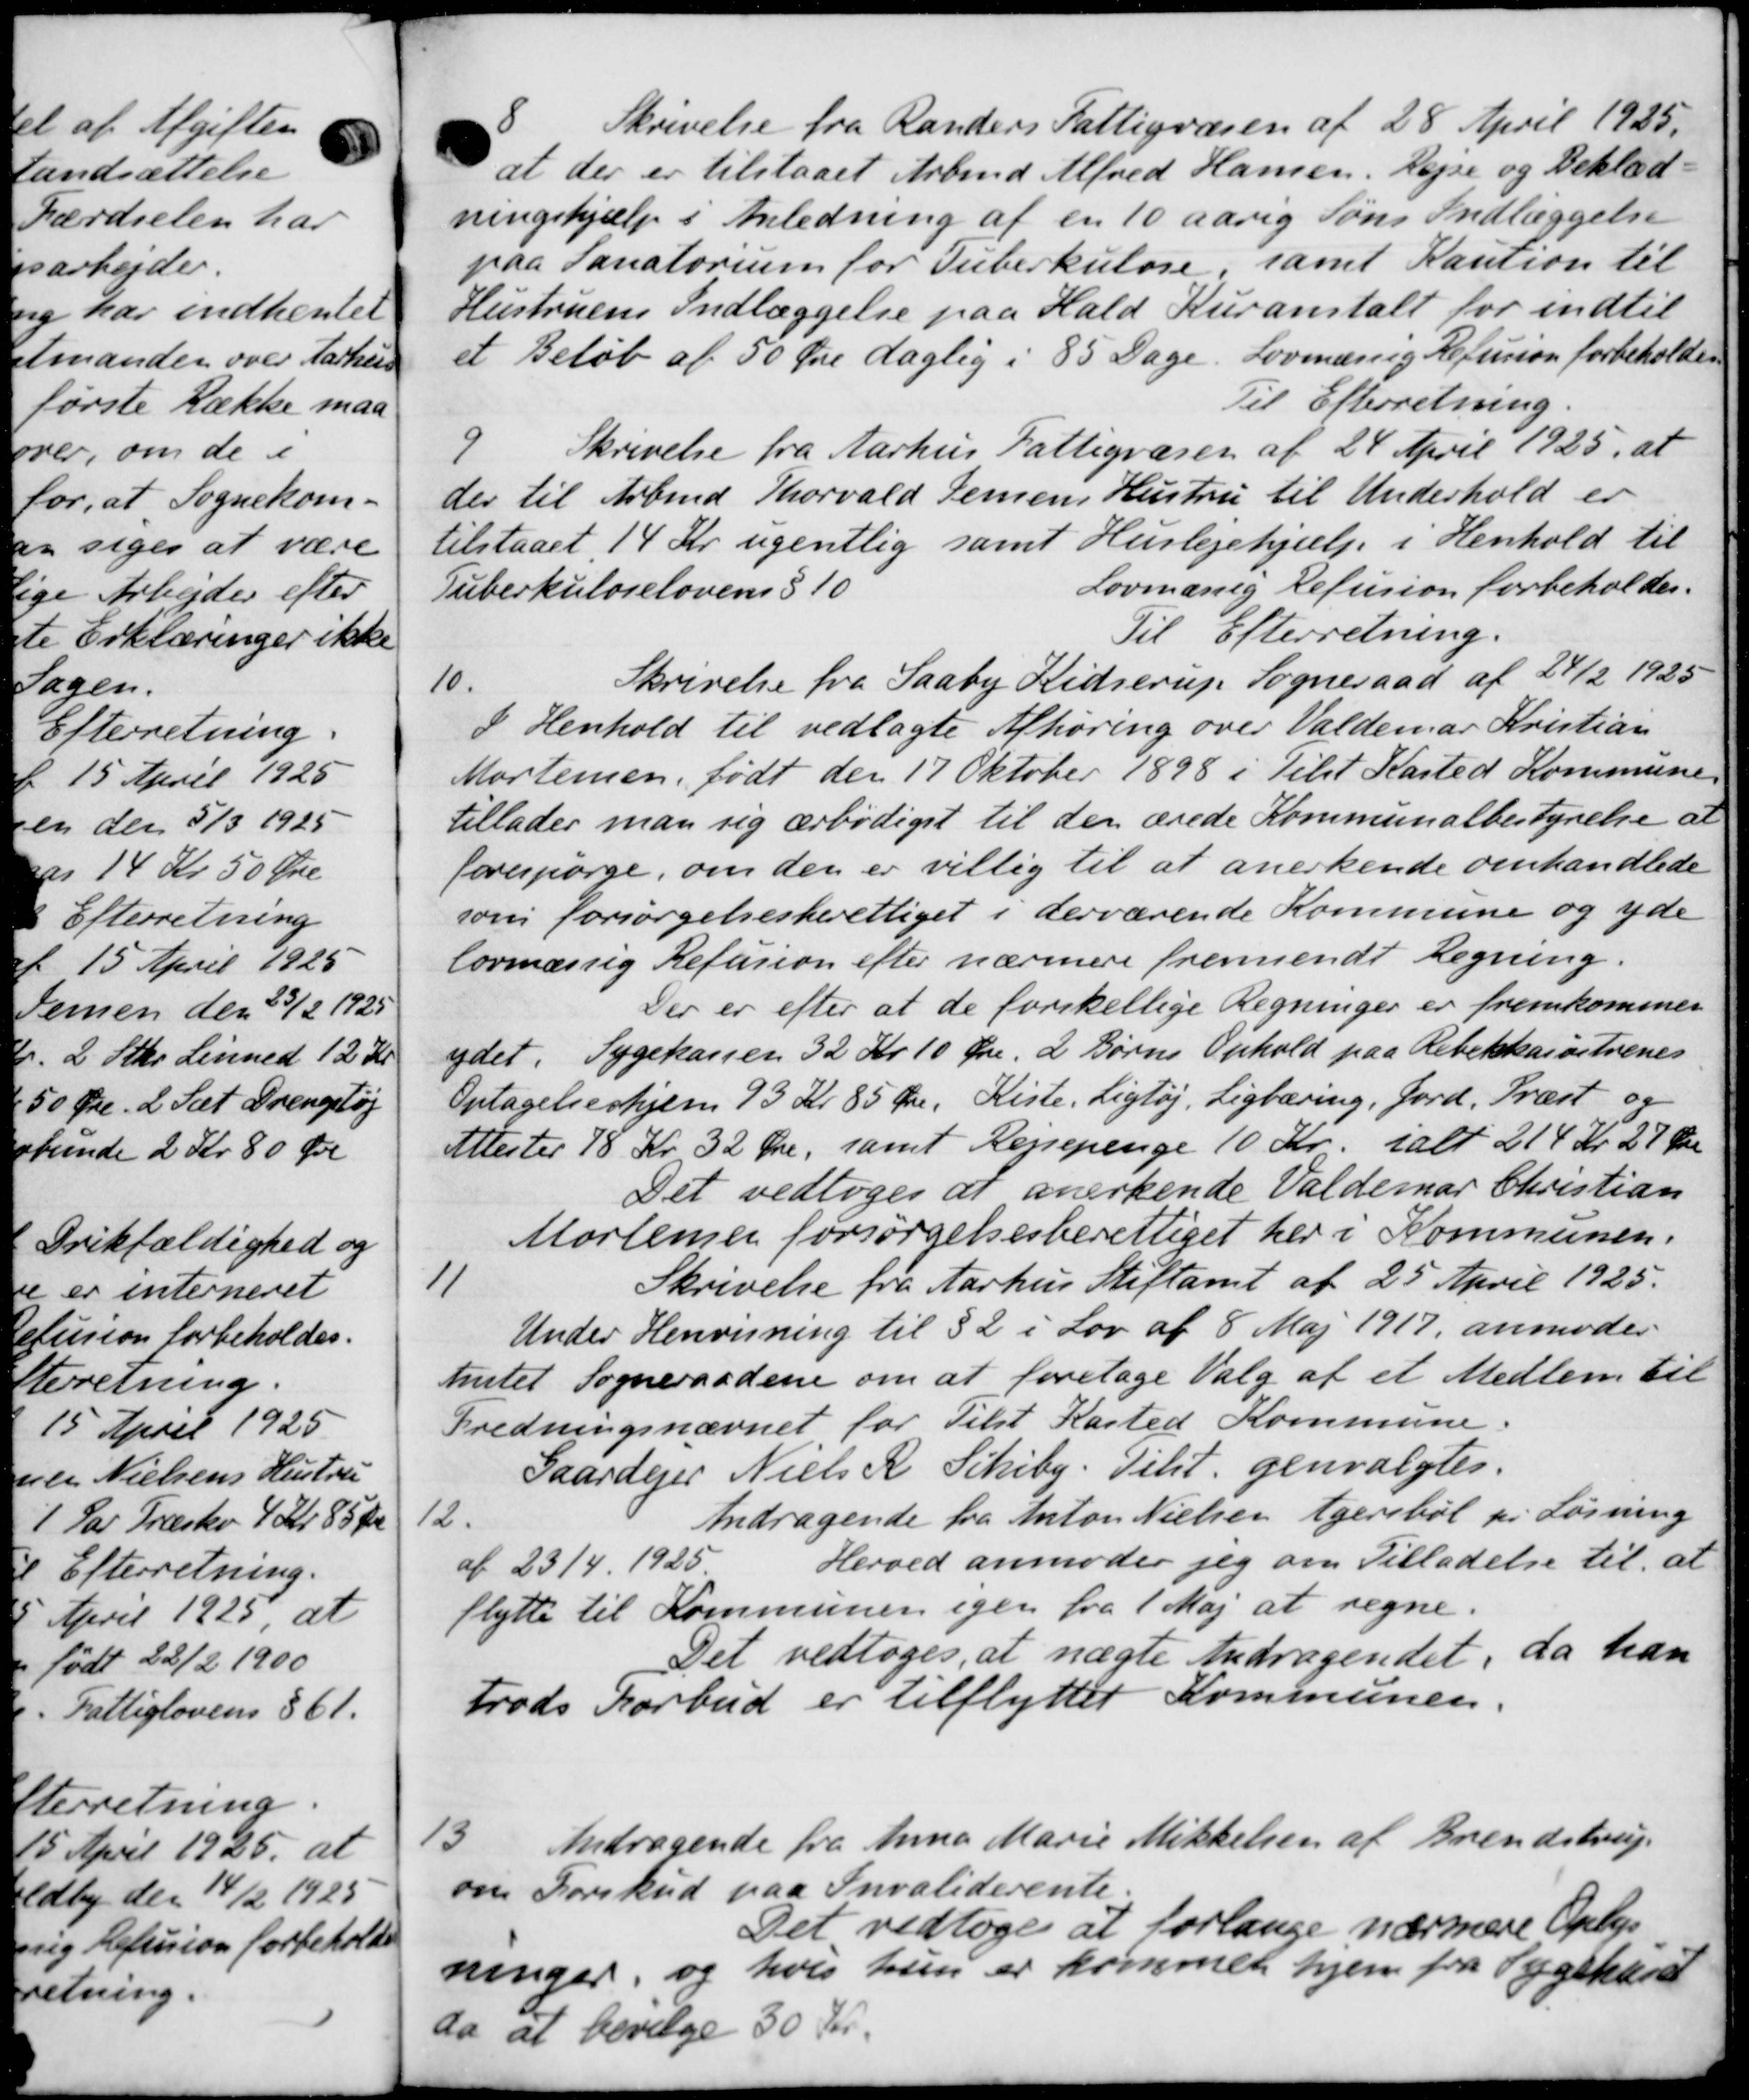
Transskription:
8
Skrivelse fra Randers Fattigvæsen af 28 April 1925.
at der er tilstaaet Arbmd Alfred Hansen. Rejse og Beklæd-
ningshjælp i Anledning af en 10 aarig Søns Indlæggelse
paa Sanatorium for Tuberkulose, samt Kaution til
Hustruens Indlæggelse paa Hald Kuranstalt for indtil
et Beløb af 50 Øre daglig i 85 Dage. Lovmæssig Refusion forbeholder
Til Efterretning.
2
Skrivelse fra Aarhus Fattigvæsen af 24 April 1925, at
der til Arbmd. Thorvald Jensens Hustru til Underhold er
tilstaaet 14 Kr. ugentlig samt Huslejehjælp i Henhold til
Tuberkuloselovens § 10
Lovmænig Refusion forbeholdes.
Til Efterretning.
10.
Skrivelse fra Saaby Ridserup Sogneraad af 24/2 1925
I Henhold til vedlagte Afhøring over Valdemar Kristian
Mortensen, født den 17 Oktober 1898 i Tilst Kasted Kommune
tillader man sig ærbødigst til den ærede Kommunalbestyrelse af
forespørge, om den er villig til at anerkende omhandlede
som forsørgelsesberettiget i derværende Kommune og yde
lovmæssig Refusion efter nærmere fremsendt Regning.
Der er efter at de forskellige Regninger er fremkommen
ydet. Sygekassen 32 Kr 10 Øre. 2 Børns Ophold paa Rebekkassitrenes
Optagelseshjem 93 Kr. 85 Øre. Kiste. Ligtøj, Ligbæring, Jord, Præst og
Attester 18 Kr 32 Øre, samt Rejsepenge 10 Kr. ialt 214 Kr 27 Øre
Det vedtoges at anerkende Valdemar Christian
Mortenen forsørgelsesberettiget her i Kommunen.
11
Skrivelse fra Aarhus Stiftamt af 25 April 1925.
Under Henvisning til § 2 i Lov af 8 Maj 1917, anmoder
Amtet Sogneraadene om at foretage Valg af et Medlem til
Fredningsnævnet for Tilst Kasted Kommune.
Gaardejer Niels K. Schiby. Tilst. genvalgtes.
12.
Andragende fra Anton Nielsen Agersbøl pr Løsning
af 23/4 1925
Herved anmoder jeg om Tilladelse til, at
flytte til Kommunen igen fra 1 Maj at regne.
da han
Det vedtoges, at nægte Andragendet.
trods Forbud er tilflyttet Kommunen.
13.
Andragende fra Anna Marie Mikkelsen af Brendstrup.
om Forskud paa Invaliderente.
Det vedtoges at forlange nærmere Oplys
ninger, og hvis hun er kommet hjem fra Sygekasse
da at bevilge 30 Kr.